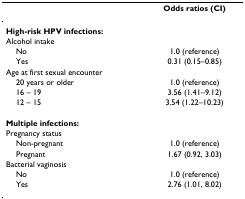
<table><thead><tr><td>[EMPTY_CELL]</td><td><b>Odds ratios (CI)</b></td></tr></thead><tbody><tr><td><b>High-risk HPV infections:</b></td><td>[EMPTY_CELL]</td></tr><tr><td>Alcohol intake</td><td>[EMPTY_CELL]</td></tr><tr><td> No</td><td>1.0 (reference)</td></tr><tr><td> Yes</td><td>0.31 (0.15–0.85)</td></tr><tr><td>Age at first sexual encounter</td><td>[EMPTY_CELL]</td></tr><tr><td> 20 years or older</td><td>1.0 (reference)</td></tr><tr><td> 16 – 19</td><td>3.56 (1.41–9.12)</td></tr><tr><td> 12 – 15</td><td>3.54 (1.22–10.23)</td></tr><tr><td><b>Multiple infections:</b></td><td>[EMPTY_CELL]</td></tr><tr><td>Pregnancy status</td><td>[EMPTY_CELL]</td></tr><tr><td> Non-pregnant</td><td>1.0 (reference)</td></tr><tr><td> Pregnant</td><td>1.67 (0.92, 3.03)</td></tr><tr><td>Bacterial vaginosis</td><td>[EMPTY_CELL]</td></tr><tr><td> No</td><td>1.0 (reference)</td></tr><tr><td> Yes</td><td>2.76 (1.01, 8.02)</td></tr></tbody></table>